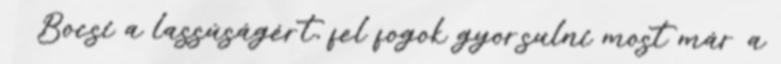
Bocsi a lassúságért, fel fogok gyorsulni most már a